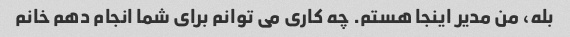
بله، من مدیر اینجا هستم. چه کاری می توانم برای شما انجام دهم خانم